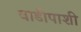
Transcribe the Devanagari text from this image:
वाडीपाशी